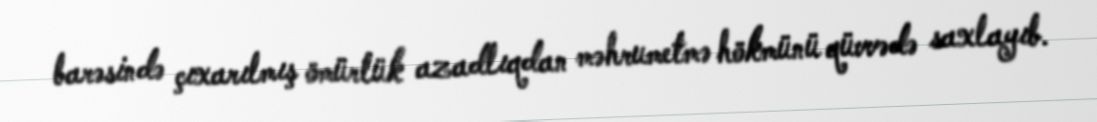
barəsində çıxarılmış ömürlük azadlıqdan məhrumetmə hökmünü qüvvədə saxlayıb.